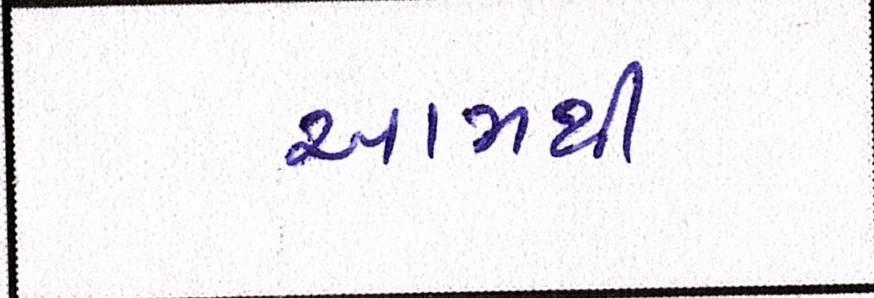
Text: આમથી